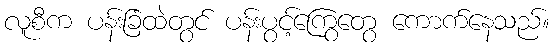
လူစီက ပန်းခြံထဲတွင် ပန်းပွင့်ကြွေတွေ ကောက်နေသည်။